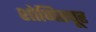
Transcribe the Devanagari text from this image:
शोणितपूर